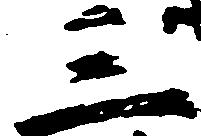
三